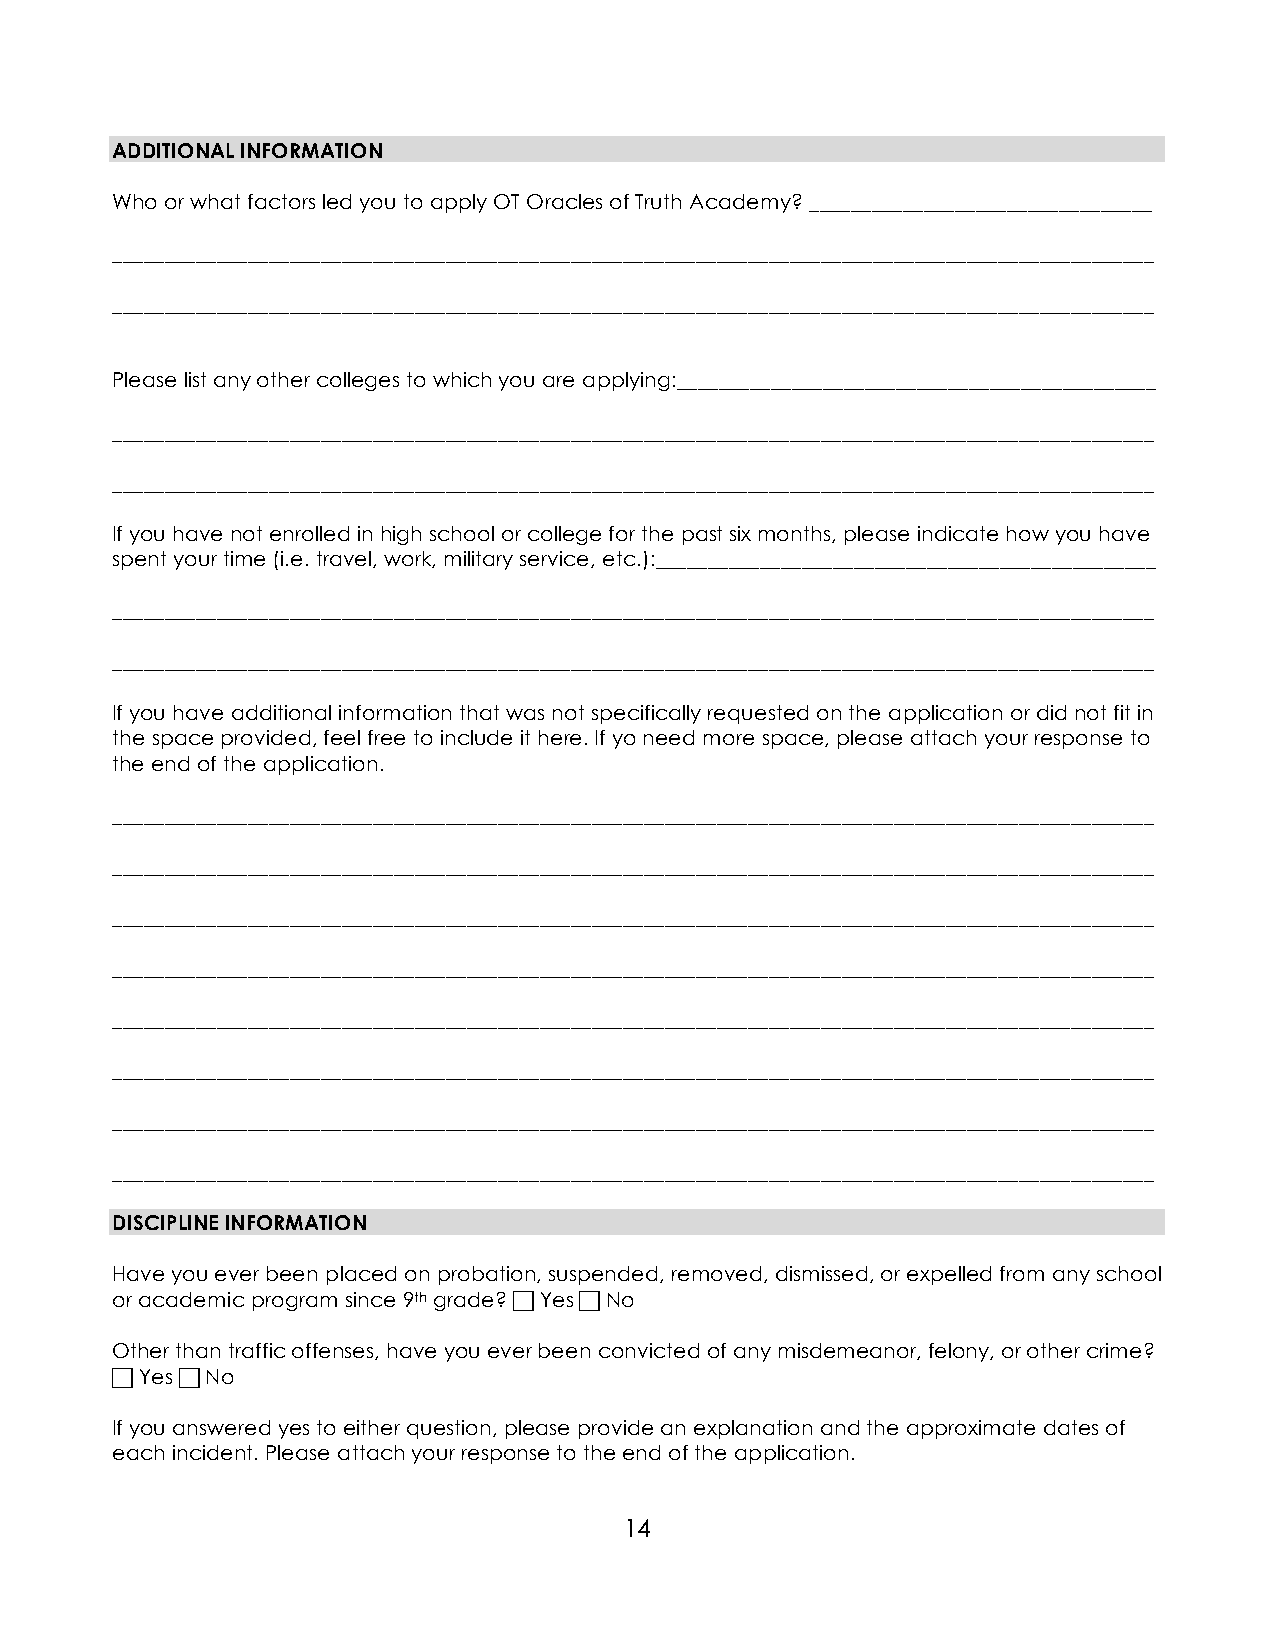
ADDITIONAL INFORMATION
 Who or what factors led you to apply OT Oracles of Truth Academy? _________________________________
 ____________________________________________________________________________________________________
 ____________________________________________________________________________________________________
 Please list any other colleges to which you are applying:______________________________________________
 ____________________________________________________________________________________________________
 ____________________________________________________________________________________________________
 If you have not enrolled in high school or college for the past six months, please indicate how you have
 spent your time (i.e. travel, work, military service, etc.):________________________________________________
 ____________________________________________________________________________________________________
 ____________________________________________________________________________________________________
 If you have additional information that was not specifically requested on the application or did not fit in
 the space provided, feel free to include it here. If yo need more space, please attach your response to
 the end of the application.
 ____________________________________________________________________________________________________
 ____________________________________________________________________________________________________
 ____________________________________________________________________________________________________
 ____________________________________________________________________________________________________
 ____________________________________________________________________________________________________
 ____________________________________________________________________________________________________
 ____________________________________________________________________________________________________
 ____________________________________________________________________________________________________
 DISCIPLINE INFORMATION
 Have you ever been placed on probation, suspended, removed, dismissed, or expelled from any school
 or academic program since 9th grade?  Yes  No
 Other than traffic offenses, have you ever been convicted of any misdemeanor, felony, or other crime?
  Yes  No
 If you answered yes to either question, please provide an explanation and the approximate dates of
 each incident. Please attach your response to the end of the application.
 14